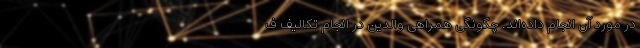
در مورد آن انجام داده‌اند. چگونگی همراهی والدین در انجام تکالیف ف